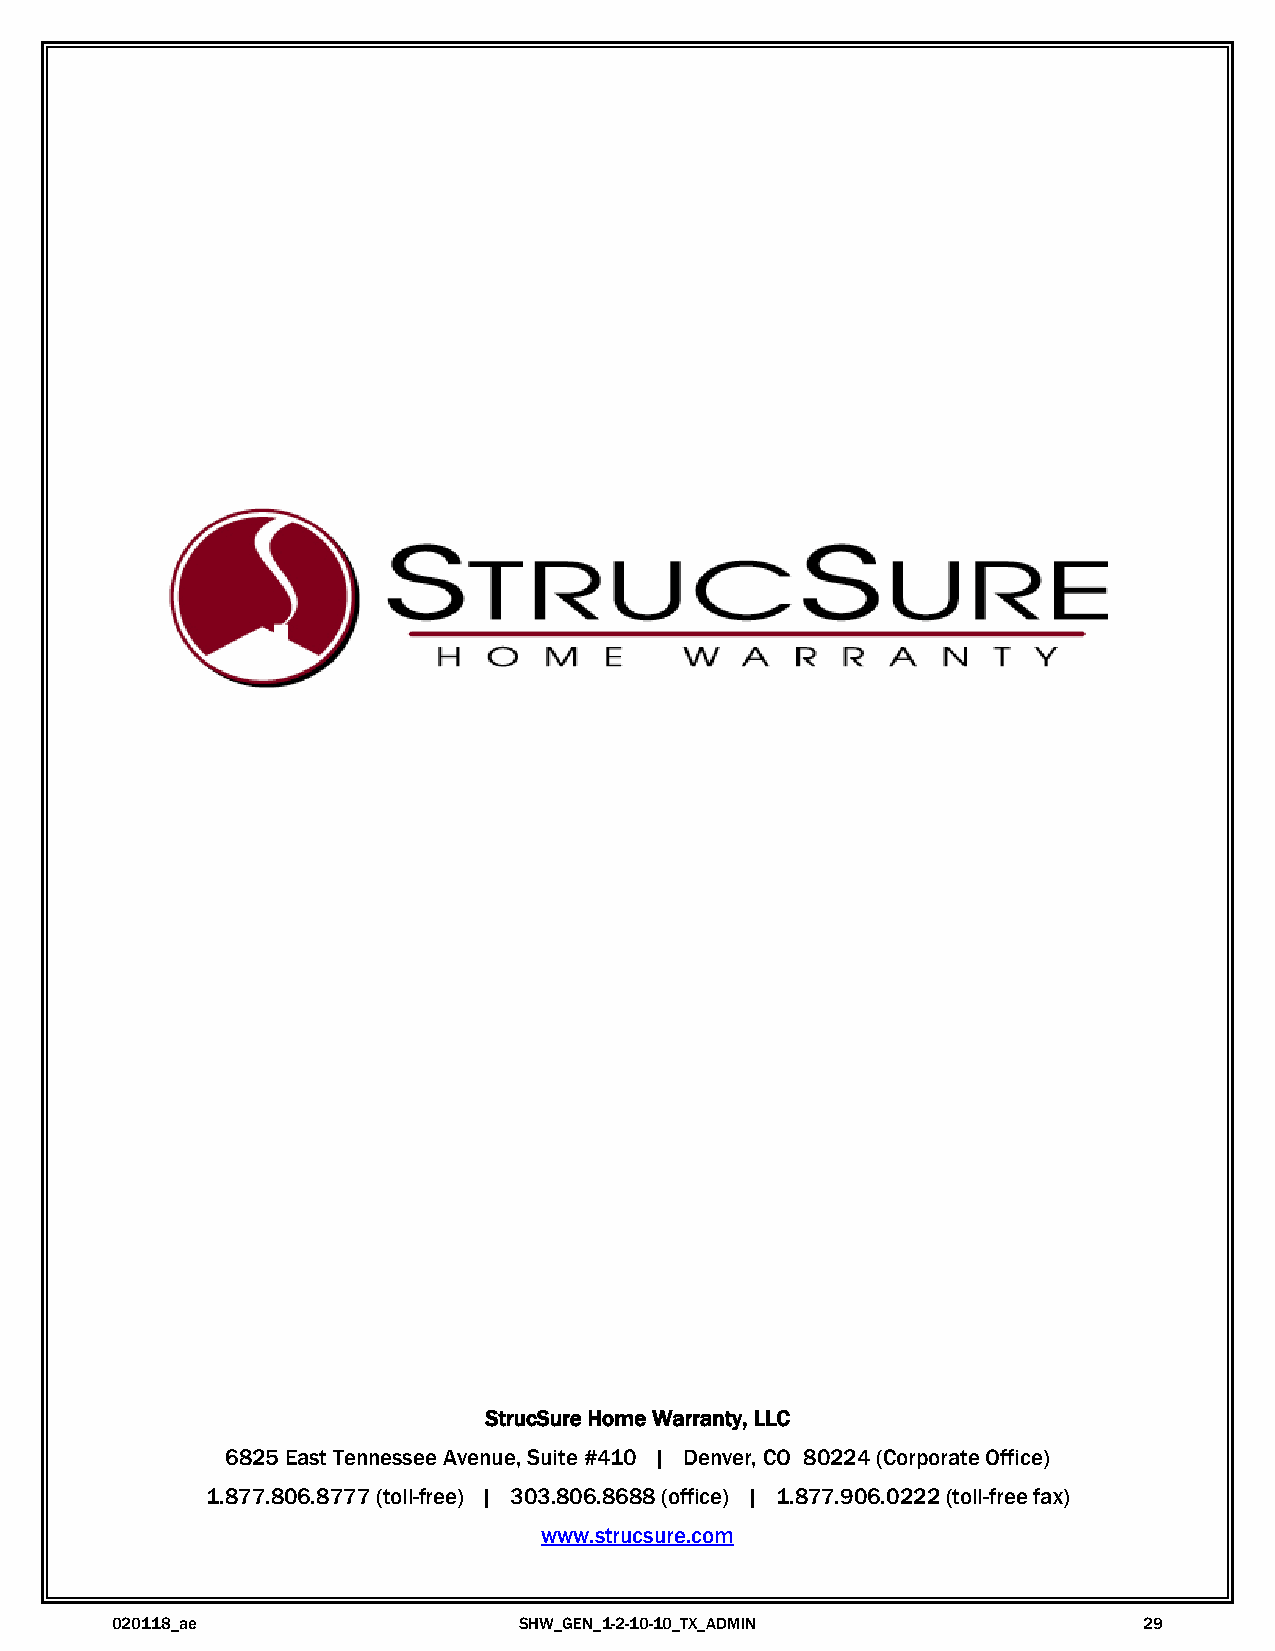
StrucSure Home Warranty, LLC
 6825 East Tennessee Avenue, Suite #410 | Denver, CO 80224 (Corporate Office)
 1.877.806.8777 (toll-free) | 303.806.8688 (office) | 1.877.906.0222 (toll-free fax)
 www.strucsure.com
 020118_ae                  SHW_GEN_1-2-10-10_TX_ADMIN                29